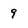
Character: 9